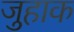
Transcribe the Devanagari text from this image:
जुहाक